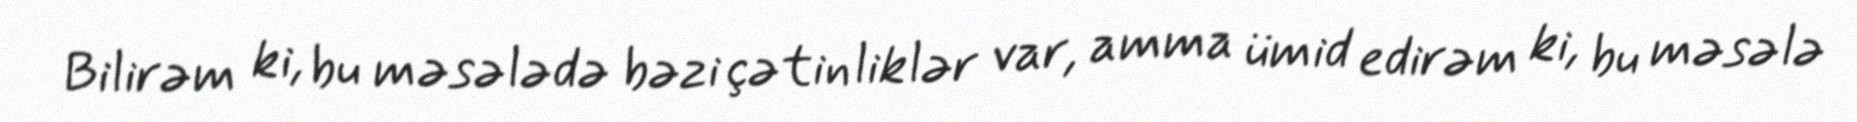
Bilirəm ki, bu məsələdə bəzi çətinliklər var, amma ümid edirəm ki, bu məsələ